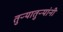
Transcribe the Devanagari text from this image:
तुऱ्यातुऱ्यांनी